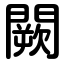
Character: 闕